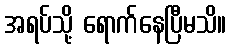
အရပ်သို့ ရောက်နေပြီမသိ။